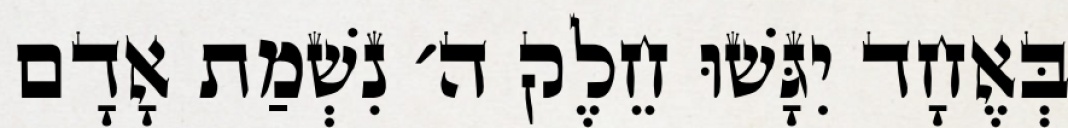
בְּאֶחָד יִגָּשׁוּ חֵלֶק ה׳ נִשְׁמַת אָדָם